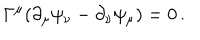
LaTeX: \Gamma ^ { \mu } ( \partial _ { \mu } \psi _ { \nu } - \partial _ { \nu } \psi _ { \mu } ) = 0 \, .